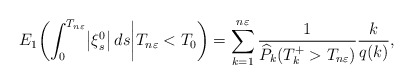
\begin{align*}E_1 \biggl( \int_0^{T_{n\varepsilon}} \bigl|\xi^0_s\bigr| \,ds \bigg| T_{n\varepsilon} < T_0\biggr) = \sum_{k=1}^{n\varepsilon}\frac{1}{\widehat P_k(T_k^+>T_{n\varepsilon})}\frac{k}{q(k)}, \end{align*}